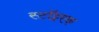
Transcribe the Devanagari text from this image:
स्टॉइरक